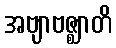
အဗျာဗဇ္ဈာတိ